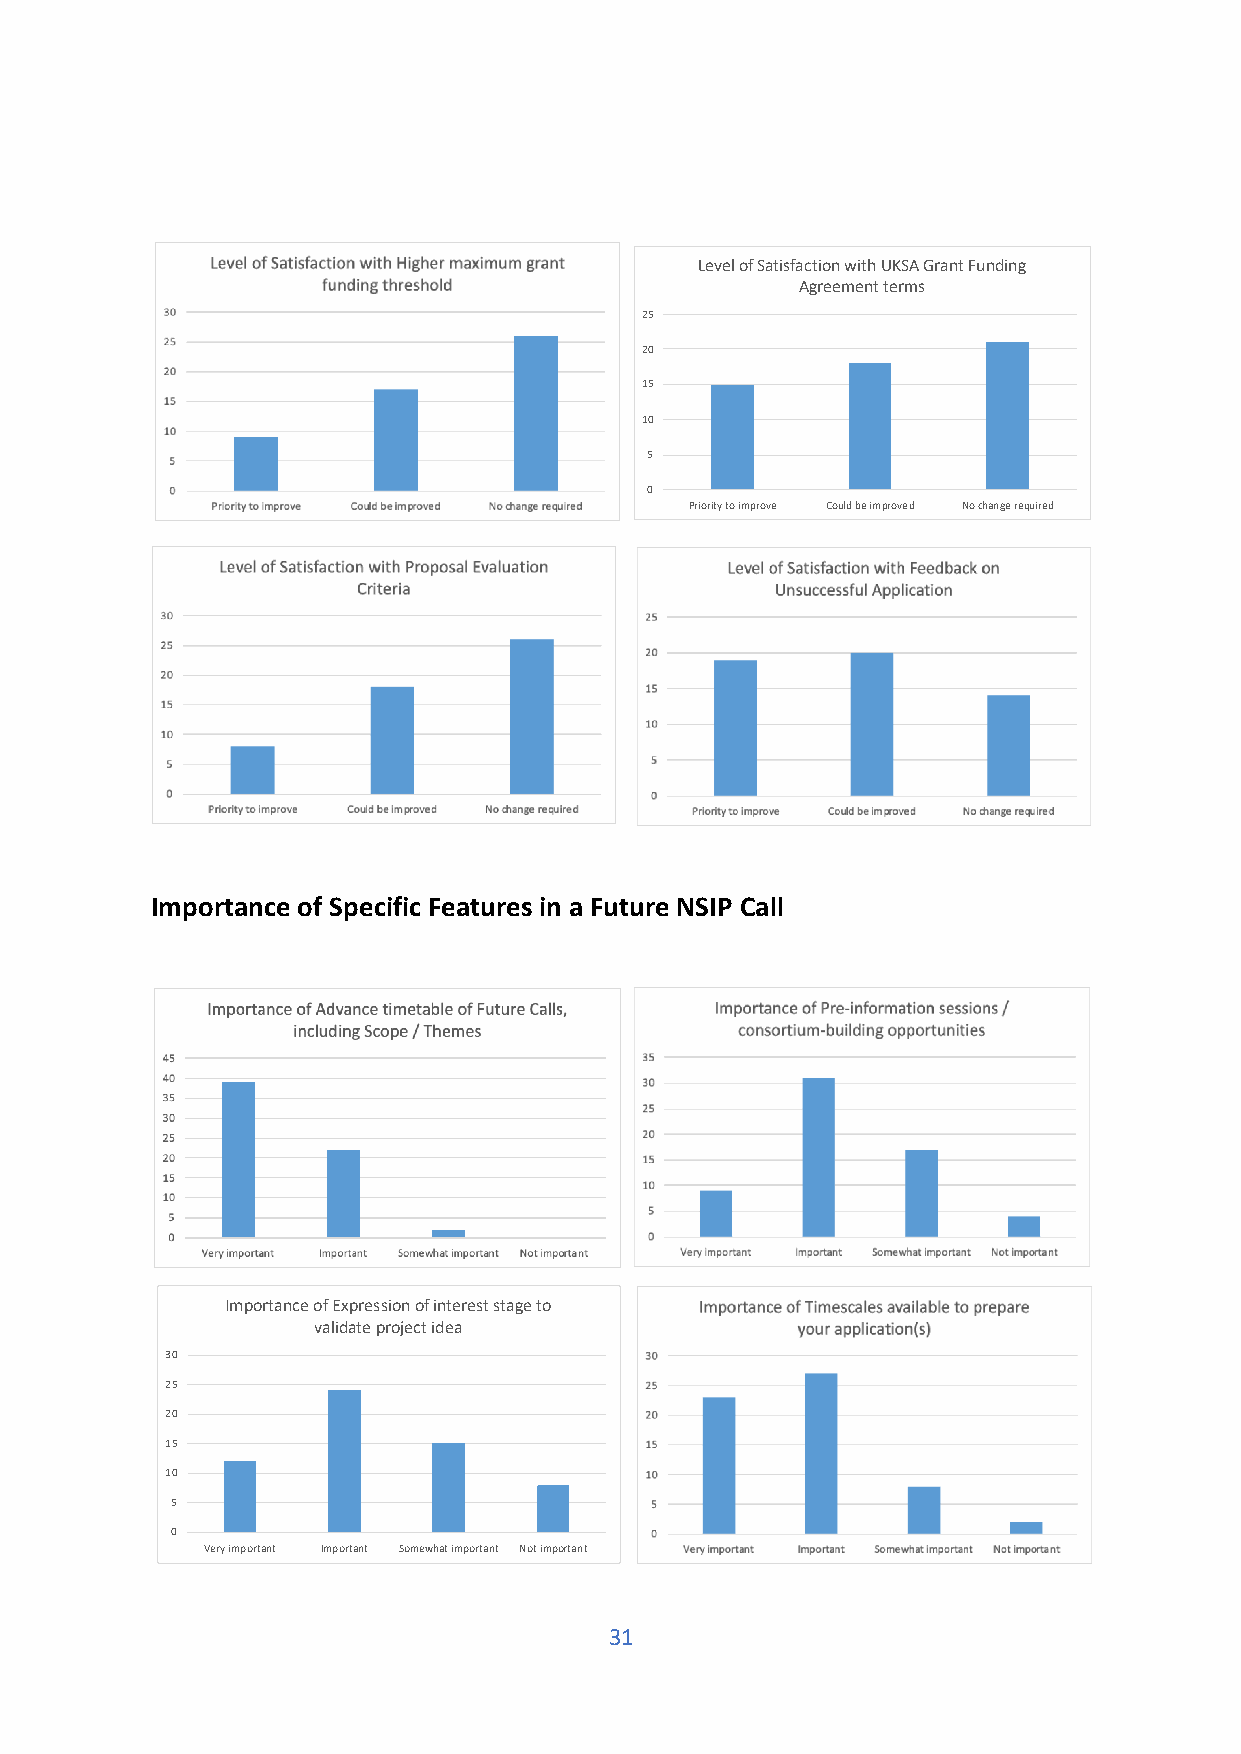
Level of Satisfaction with UKSA Grant Funding
 Agreement terms
 25
 20
 15
 10
 5
 0
 Priority to improve Could be improved No change required
 Importance of Specific Features in a Future NSIP Call
 Importance of Expression of interest stage to
 validate project idea
 30
 25
 20
 15
 10
 5
 0
 Very important Important Somewhat important Not important
 31